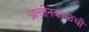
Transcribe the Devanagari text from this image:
प्राचीनकाळची